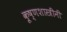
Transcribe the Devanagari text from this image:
कृ्ष्णशास्त्रींनी